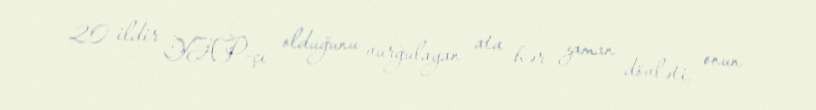
20 ildir YAP-çı olduğunu vurğulayan ata hər zaman dövləti, onun